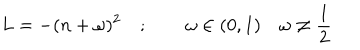
L = - ( n + \omega ) ^ { 2 } \quad ; \qquad \omega \in ( 0 , 1 ) \quad \omega \neq \frac { 1 } { 2 }